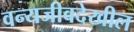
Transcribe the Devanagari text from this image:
वन्यजीवदेखील